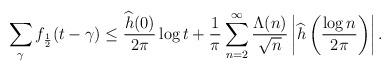
LaTeX: \begin{align*}\sum_{\gamma}f_{\frac{1}{2}}(t-\gamma)\leq \frac{\widehat{h}(0)}{2\pi}\log t +\frac{1}{\pi}\sum_{n=2}^\infty\frac{\Lambda(n)}{\sqrt{n}}\left|\widehat{h}\left(\frac{\log n}{2\pi}\right)\right|.\end{align*}